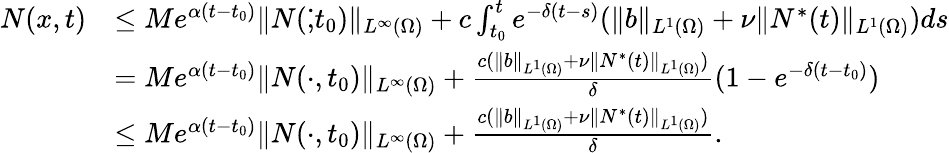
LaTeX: \begin{array}{rl}{N(x,t)}&{\le Me^{\alpha(t-t_{0})}\| N(\dot{,}t_{0})\| _{L^{\infty}(\Omega)}+c\int_{t_{0}}^{t}e^{-\delta(t-s)}(\| b\| _{L^{1}(\Omega)}+\nu\| N^{*}(t)\| _{L^{1}(\Omega)})ds}\\ &{=Me^{\alpha(t-t_{0})}\| N(\cdot,t_{0})\| _{L^{\infty}(\Omega)}+\frac{c(\| b\| _{L^{1}(\Omega)}+\nu\| N^{*}(t)\| _{L^{1}(\Omega)})}{\delta}(1-e^{-\delta(t-t_{0})})}\\ &{\le Me^{\alpha(t-t_{0})}\| N(\cdot,t_{0})\| _{L^{\infty}(\Omega)}+\frac{c(\| b\| _{L^{1}(\Omega)}+\nu\| N^{*}(t)\| _{L^{1}(\Omega)})}{\delta}.}\end{array}